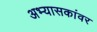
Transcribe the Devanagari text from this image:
अभ्यासकांवर